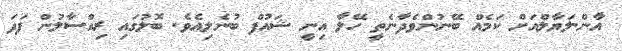
އާން.ލަޔާލްއަށް ކަމެއް ބޭނުންވެދާނެތީ ހޭލާ އިނީ ޝައުފް ބުނެލިއެވެ. ބޮލުގައި ރިއްސާލުން ފަދަ